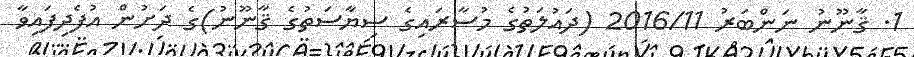
1. ޤާނޫނު ނަންބަރު 2016/11 (ދައުލަތުގެ މުސާރައިގެ ސިޔާސަތުގެ ޤާނޫނު)ގެ ދަށުން އުފެދިފައިވާ